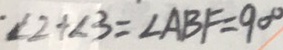
\angle 2 + \angle 3 = \angle A B F = 9 0 ^ { \circ }